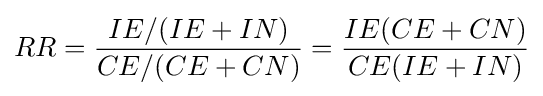
RR={\frac {IE/(IE+IN)}{CE/(CE+CN)}}={\frac {IE(CE+CN)}{CE(IE+IN)}}